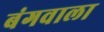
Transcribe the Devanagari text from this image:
बंगवाला